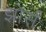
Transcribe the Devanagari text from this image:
झोर्स